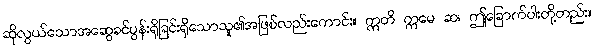
ဆိုလွယ်သောအဆွေခင်ပွန်းရိုခြင်းရှိသောသူ၏အဖြစ်လည်းကောင်း။ ဣတိ ဣမေ ဆ၊ ဤခြောက်ပါးတို့တည်း။